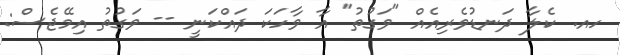
ހއ. ކެލާ ދަނޑުވެރިއެއް "ވަގުތު" އާ ވާހަކަ ދައްކަނީ -- ވަގުތު އިމޭޖެސް: